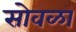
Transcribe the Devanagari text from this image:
सोवळा